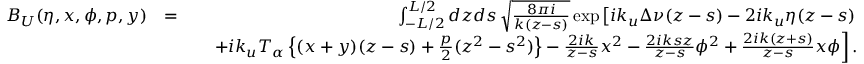
\begin{array} { r l r } { B _ { U } ( \eta , x , \phi , p , y ) } & { = } & { \int _ { - L / 2 } ^ { L / 2 } d z d s \, \sqrt { \frac { 8 \pi i } { k ( z - s ) } } \exp \left[ i k _ { u } \Delta \nu ( z - s ) - 2 i k _ { u } \eta ( z - s ) \right. } \\ & { } & { \quad \left. + i k _ { u } T _ { \alpha } \left\{ ( x + y ) ( z - s ) + \frac { p } { 2 } ( z ^ { 2 } - s ^ { 2 } ) \right\} - \frac { 2 i k } { z - s } x ^ { 2 } - \frac { 2 i k s z } { z - s } \phi ^ { 2 } + \frac { 2 i k ( z + s ) } { z - s } x \phi \right] . } \end{array}